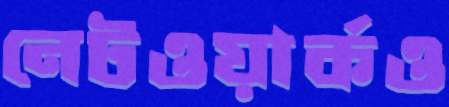
নেটওয়ার্কও